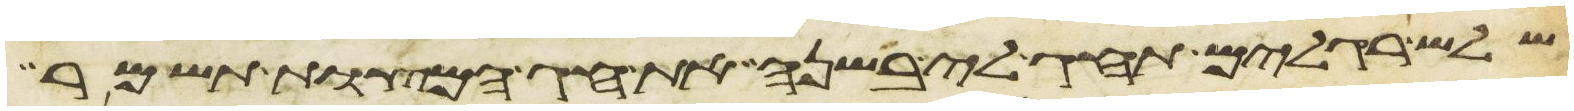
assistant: שלש רגלים תחג לי בשנה את חג המצות תשמר